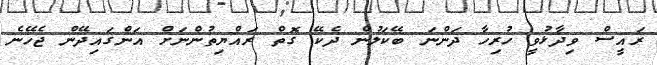
ރައީސް ވިދާޅުވީ ހުރިހާ ދަންނަ ބޭކަލުން ދެކޭ ގޮތް ރައްޔިތުންނަށް އަންގައިދޭން ޖެހޭނެ